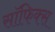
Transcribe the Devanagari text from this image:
सॉफिक्स